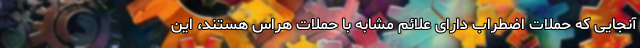
آنجایی که حملات اضطراب دارای علائم مشابه با حملات هراس هستند، این